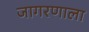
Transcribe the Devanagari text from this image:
जागरणाला